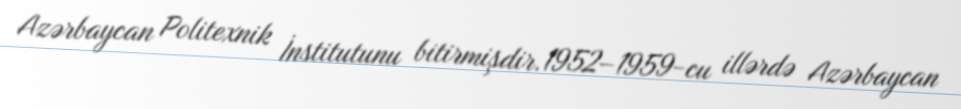
Azərbaycan Politexnik İnstitutunu bitirmişdir.1952–1959-cu illərdə Azərbaycan